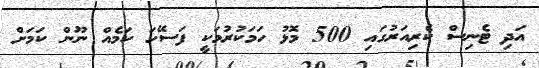
އަދި ޓެނިސް ކެރިއަރުގައި 500 މޮޅު ހަމަކުރުމަކީ ފަސޭހަ ކަމެއް ނޫން ކަމަށް